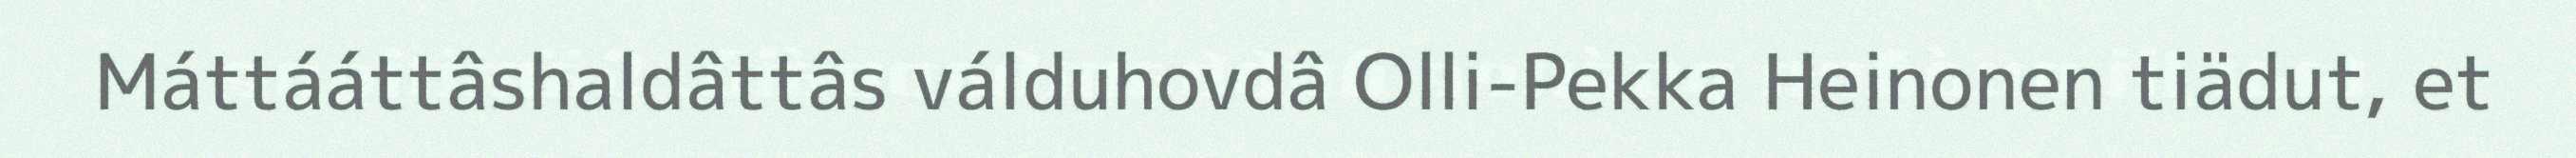
Máttááttâshaldâttâs válduhovdâ Olli-Pekka Heinonen tiädut, et